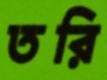
তরি